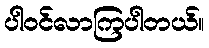
ပါဝင်လာကြပါတယ်။